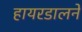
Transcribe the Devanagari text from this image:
हायरडालने